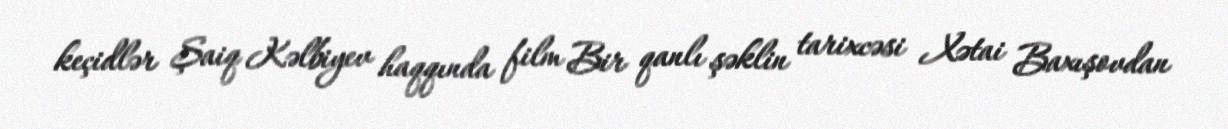
keçidlər Şaiq Kəlbiyev haqqında film Bir qanlı şəklin tarixcəsi Xətai Baxışovdan